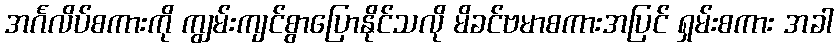
အင်္ဂလိပ်စကားကို ကျွမ်းကျင်စွာပြောနိုင်သလို မိခင်ဗမာစကားအပြင် ရှမ်းစကား အခါ